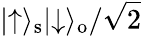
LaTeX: \lvert\uparrow\rangle_{\mathrm{s}}\lvert\downarrow\rangle_{\mathrm{o}}/\sqrt{2}